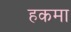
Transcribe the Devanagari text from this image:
हकमा